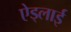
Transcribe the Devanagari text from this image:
ऐड्लाई